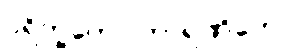
ပရိက္ခကော ကာရဏိကော၊